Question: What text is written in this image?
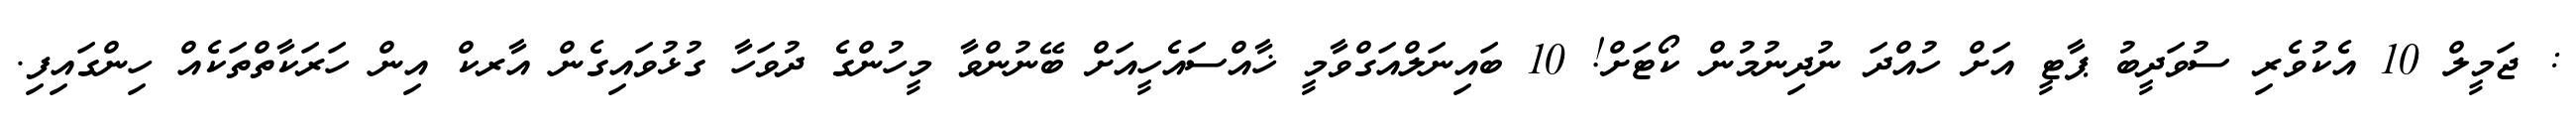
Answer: : ޖަމީލް 10 އެކުވެރި ސުވަދީބު ޕާޓީ އަށް ހުއްދަ ނުދިނުމުން ކޯޓަށް! 10 ބައިނަލްއަގްވާމީ ޚާއްސައެހީއަށް ބޭނުންވާ މީހުންގެ ދުވަހާ ގުޅުވައިގެން އާރކް އިން ހަރަކާތްތަކެއް ހިންގައިފި.